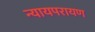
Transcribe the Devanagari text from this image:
न्यायपरायण